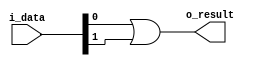
module rggen_or_reducer #(
  parameter WIDTH = 1,
  parameter N     = 2
)(
  input   [WIDTH*N-1:0] i_data,
  output  [WIDTH-1:0]   o_result
);
  function automatic [16*N-1:0] get_sub_n_list;
    input integer n;

    reg [15:0]      current_n;
    reg [15:0]      half_n;
    reg [16*N-1:0]  list;
    integer         list_index;
  begin
    current_n   = n[15:0];
    list_index  = 0;
    while (current_n > 0) begin
      half_n  = current_n / 2;
      if ((current_n > 4) && (half_n <= 4)) begin
        list[16*list_index+:16] = half_n;
      end
      else if (current_n >= 4) begin
        list[16*list_index+:16] = 4;
      end
      else begin
        list[16*list_index+:16] = current_n;
      end

      current_n   = current_n - list[16*list_index+:16];
      list_index  = list_index + 1;
    end

    while (list_index < N) begin
      list[16*list_index+:16] = 0;
      list_index              = list_index + 1;
    end

    get_sub_n_list  = list;
  end
  endfunction

  function automatic [16*N-1:0] get_offset_list;
    input [16*N-1:0]  sub_n_list;

    reg [16*N-1:0]  list;
    integer         i;
  begin
    for (i = 0;i < N;i = i + 1) begin
      if (i == 0) begin
        list[16*i+:16]  = 0;
      end
      else begin
        list[16*i+:16]  = sub_n_list[16*(i-1)+:16] + list[16*(i-1)+:16];
      end
    end

    get_offset_list = list;
  end
  endfunction

  function automatic integer get_next_n;
    input [16*N-1:0]  sub_n_list;

    integer next_n;
    integer i;
  begin
    next_n  = 0;
    for (i = 0;i < N;i = i + 1) begin
      next_n  = next_n + ((sub_n_list[16*i+:16] != 0) ? 1 : 0);
    end

    get_next_n  = next_n;
  end
  endfunction

  localparam  [16*N-1:0]  SUB_N_LIST  = get_sub_n_list(N);
  localparam  [16*N-1:0]  OFFSET_LIST = get_offset_list(SUB_N_LIST);
  localparam              NEXT_N      = get_next_n(SUB_N_LIST);

  wire  [WIDTH*NEXT_N-1:0]  next_data;
  genvar                    i;

  generate
    for (i = 0;i < NEXT_N;i = i + 1) begin : g_or_loop
      if (SUB_N_LIST[16*i+:16] == 4) begin : g
        assign  next_data[WIDTH*i+:WIDTH] = (i_data[WIDTH*(OFFSET_LIST[16*i+:16]+0)+:WIDTH] | i_data[WIDTH*(OFFSET_LIST[16*i+:16]+1)+:WIDTH])
                                          | (i_data[WIDTH*(OFFSET_LIST[16*i+:16]+2)+:WIDTH] | i_data[WIDTH*(OFFSET_LIST[16*i+:16]+3)+:WIDTH]);
      end
      else if (SUB_N_LIST[16*i+:16] == 3) begin : g
        assign  next_data[WIDTH*i+:WIDTH] = i_data[WIDTH*(OFFSET_LIST[16*i+:16]+0)+:WIDTH] | i_data[WIDTH*(OFFSET_LIST[16*i+:16]+1)+:WIDTH]
                                          | i_data[WIDTH*(OFFSET_LIST[16*i+:16]+2)+:WIDTH];
      end
      else if (SUB_N_LIST[16*i+:16] == 2) begin : g
        assign  next_data[WIDTH*i+:WIDTH] = i_data[WIDTH*(OFFSET_LIST[16*i+:16]+0)+:WIDTH] | i_data[WIDTH*(OFFSET_LIST[16*i+:16]+1)+:WIDTH];
      end
      else begin : g
        assign  next_data[WIDTH*i+:WIDTH] = i_data[WIDTH*(OFFSET_LIST[16*i+:16]+0)+:WIDTH];
      end
    end

    if (NEXT_N > 1) begin : g_reduce
      rggen_or_reducer #(
        .WIDTH  (WIDTH  ),
        .N      (NEXT_N )
      ) u_reducer (
        .i_data   (next_data  ),
        .o_result (o_result   )
      );
    end
    else begin : g_reduce
      assign  o_result  = next_data[0+:WIDTH];
    end
  endgenerate
endmodule